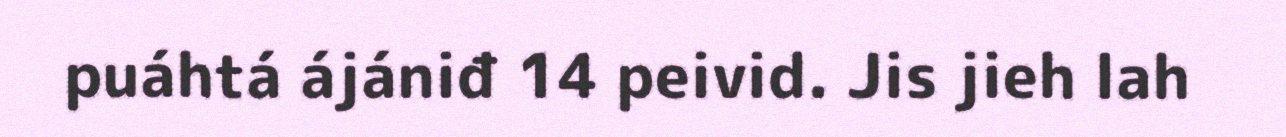
puáhtá ájániđ 14 peivid. Jis jieh lah